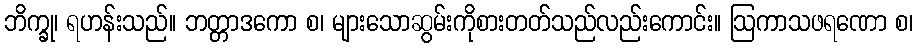
ဘိက္ခု၊ ရဟန်းသည်။ ဘတ္တာဒကော စ၊ များသောဆွမ်းကိုစားတတ်သည်လည်းကောင်း။ ဩကာသဖရဏော စ၊